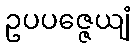
ဥပပဇ္ဇေယျံ